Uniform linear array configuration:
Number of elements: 4
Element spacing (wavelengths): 0.5
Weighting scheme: hann
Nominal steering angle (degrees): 15
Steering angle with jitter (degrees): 16.788
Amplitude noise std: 0.05
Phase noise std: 0.05

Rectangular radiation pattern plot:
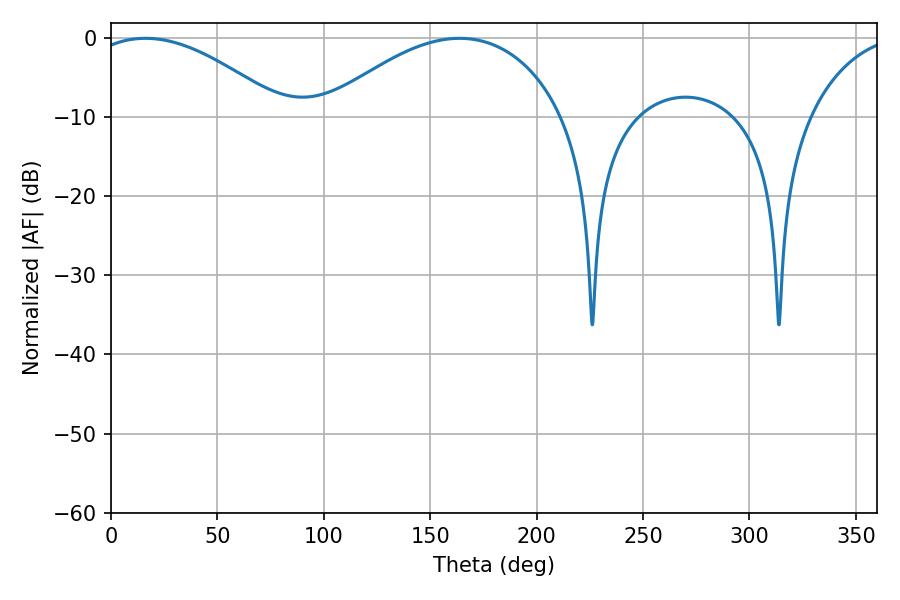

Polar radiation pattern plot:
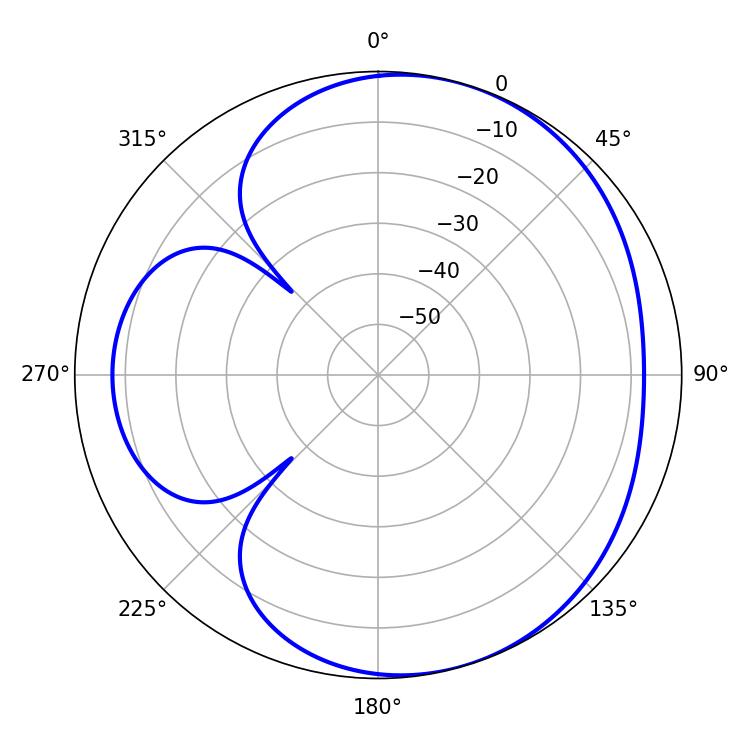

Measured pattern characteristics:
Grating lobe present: FALSE
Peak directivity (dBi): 4.643
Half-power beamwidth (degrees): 51.12
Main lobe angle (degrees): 16.2